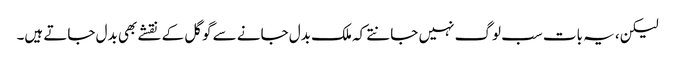
لیکن، یہ بات سب لوگ نہیں جانتے کہ ملک بدل جانے سے گوگل کے نقشے بھی بدل جاتے ہیں۔